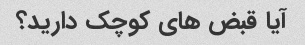
آیا قبض های کوچک دارید؟